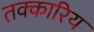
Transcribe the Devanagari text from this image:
तक्कारिय